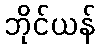
ဘိုင်ယန်